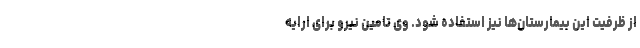
از ظرفیت این بیمارستان‌ها نیز استفاده شود. وی تامین نیرو برای ارایه